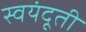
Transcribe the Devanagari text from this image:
स्वयंदूती